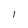
Character: I